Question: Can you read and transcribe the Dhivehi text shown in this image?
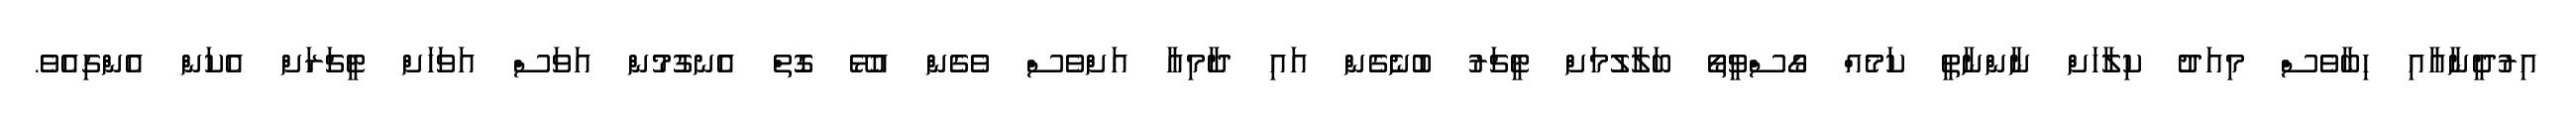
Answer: އިރުދީނާއާއި ހިބާވެސް މިއަދު ކިލާހަށް ނާންނާތީ ކަމެއް ގޯސްވީތޯ ބަލާލުމަށް ޓީޗަރު ބުނެގެން އައި ދާމިއާ އަށްވެސް ވެގެން އުޅޭ ގޮތް އެނގުމުން އަވަސް އަވަހަށް ޓީޗަރަށް އެކަން އެންގިއެވެ.